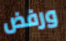
ورفض